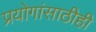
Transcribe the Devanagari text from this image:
प्रयोगांसाठीही